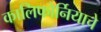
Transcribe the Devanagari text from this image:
कालिफोर्नियाचे